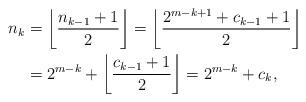
LaTeX: \begin{align*}n_k & = \left\lfloor\frac{n_{k-1}+1}{2}\right\rfloor = \left\lfloor\frac{2^{m-k+1}+c_{k-1} + 1}{2}\right\rfloor\\ & = 2^{m-k} + \left\lfloor\frac{c_{k-1} + 1}{2}\right\rfloor = 2^{m-k} + c_k,\end{align*}